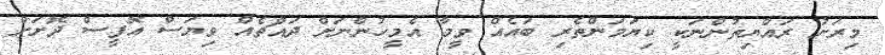
މިރަށު ރައްޔިތުންނަކީ ކިޔަމަންތެރި ބައެއް ވީމާ އެމީހުންނަށް ދައްޗެއް ވިޔަސް އޮފީސް ދޮށަށް